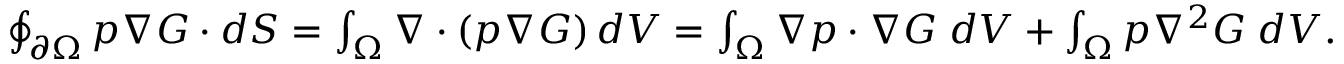
\begin{array} { r } { \oint _ { \partial \Omega } p \boldsymbol { \nabla } G \cdot d \boldsymbol { S } = \int _ { \Omega } \boldsymbol { \nabla } \cdot \left( p \boldsymbol { \nabla } G \right) d V = \int _ { \Omega } \boldsymbol { \nabla } p \cdot \boldsymbol { \nabla } G \; d V + \int _ { \Omega } p \nabla ^ { 2 } G \; d V . } \end{array}